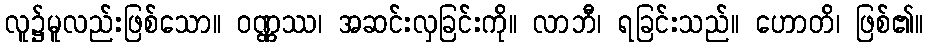
လူ၌မူလည်းဖြစ်သော။ ဝဏ္ဏဿ၊ အဆင်းလှခြင်းကို။ လာဘီ၊ ရခြင်းသည်။ ဟောတိ၊ ဖြစ်၏။